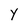
Character: Y